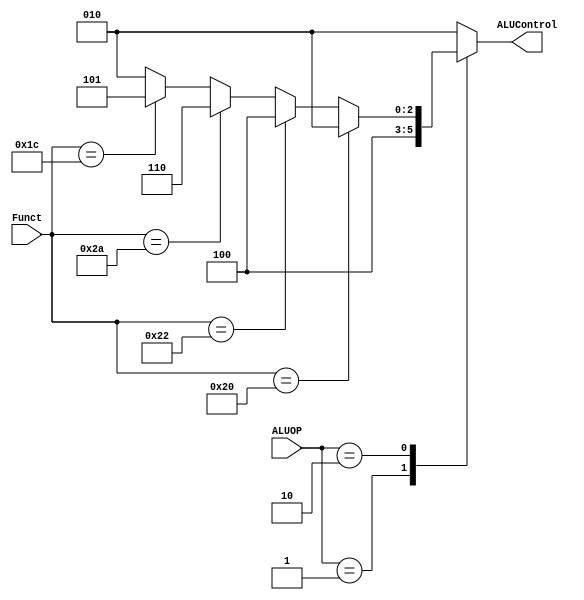
module ALU_Decoder (
    input [1:0] ALUOP,
    input [5:0] Funct ,
    output reg [2:0]  ALUControl
);
    always @(*) 
    begin
    case(ALUOP)
        2'b00 : ALUControl = 3'b010 ;
        2'b01 : ALUControl = 3'b100 ;
        2'b10 :
        begin
                 if(Funct == 6'b10_0000)
                    ALUControl = 3'b010;
                else if (Funct == 6'b10_0010)
                    ALUControl = 3'b100;
                else if (Funct == 6'b10_1010)
                    ALUControl = 3'b110;
                else if (Funct == 6'b01_1100)
                    ALUControl = 3'b101;
                else 
                    ALUControl = 3'b010;
        end
        default : ALUControl = 3'b010;
    endcase
    end
endmodule